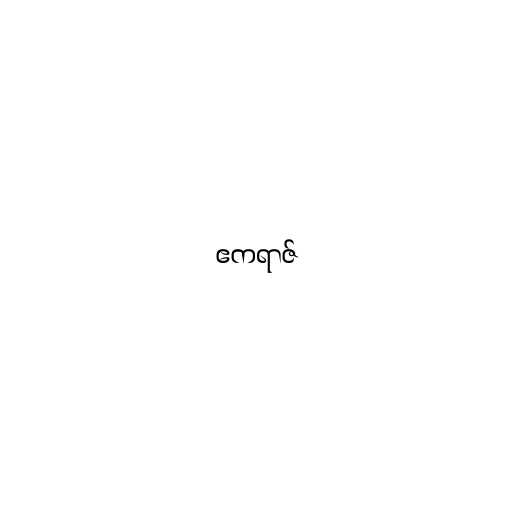
ဧကရာဇ်